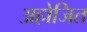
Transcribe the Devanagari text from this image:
अहोजित